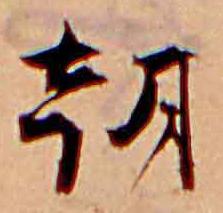
朝